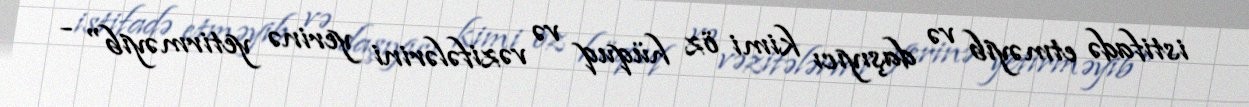
istifadə etməyib və daşıyıcı kimi öz hüquq və vəzifələrini yerinə yetirməyib" -